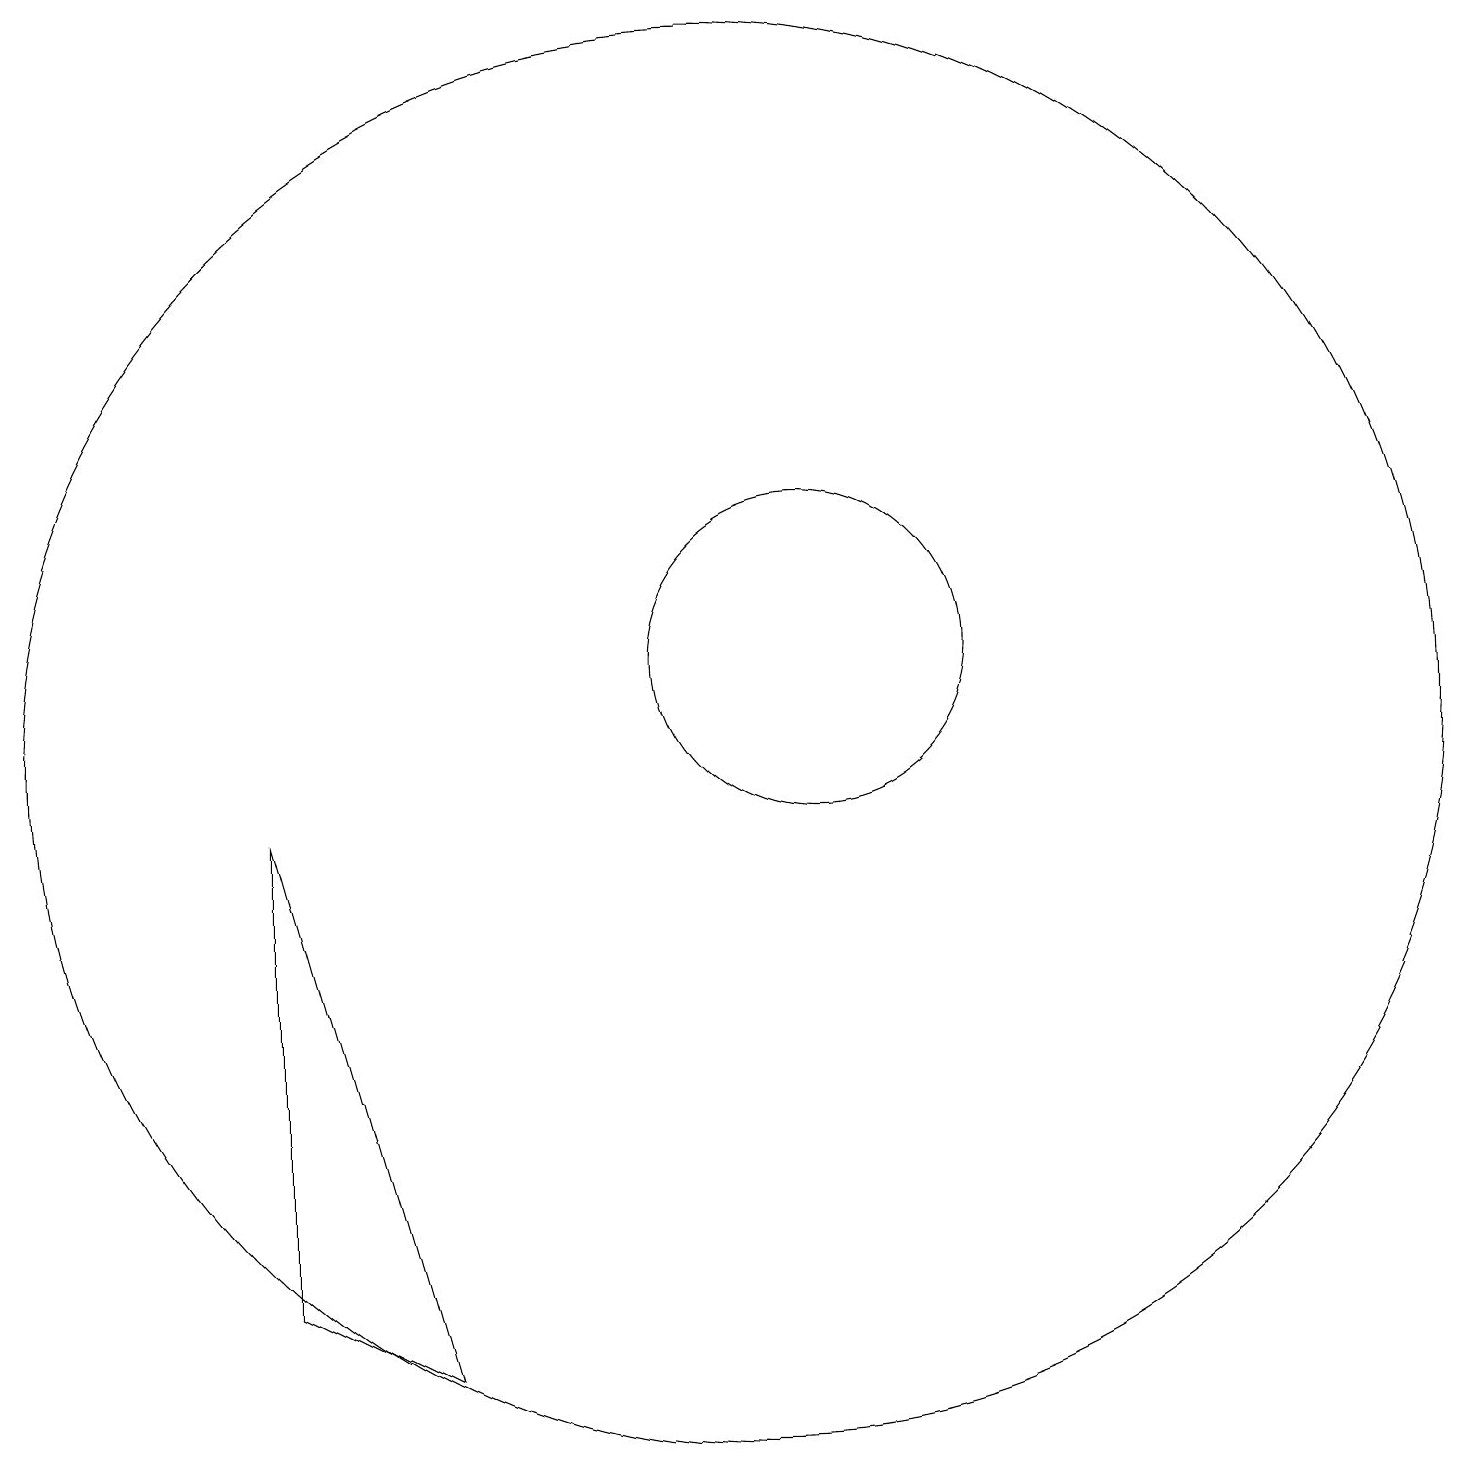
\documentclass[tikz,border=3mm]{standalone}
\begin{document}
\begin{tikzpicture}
\draw (11,10) circle (9);
\draw (12,11) circle (2);
\draw (5,9) -- (7,2) -- (5,3) -- cycle;
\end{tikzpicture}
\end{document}